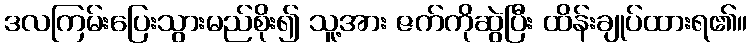
ဒလကြမ်းပြေးသွားမည်စိုး၍ သူ့အား ဇက်ကိုဆွဲပြီး ထိန်းချုပ်ထားရ၏။